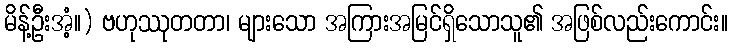
မိန့်ဦးအံ့။) ဗဟုဿုတတာ၊ များသော အကြားအမြင်ရှိသောသူ၏ အဖြစ်လည်းကောင်း။